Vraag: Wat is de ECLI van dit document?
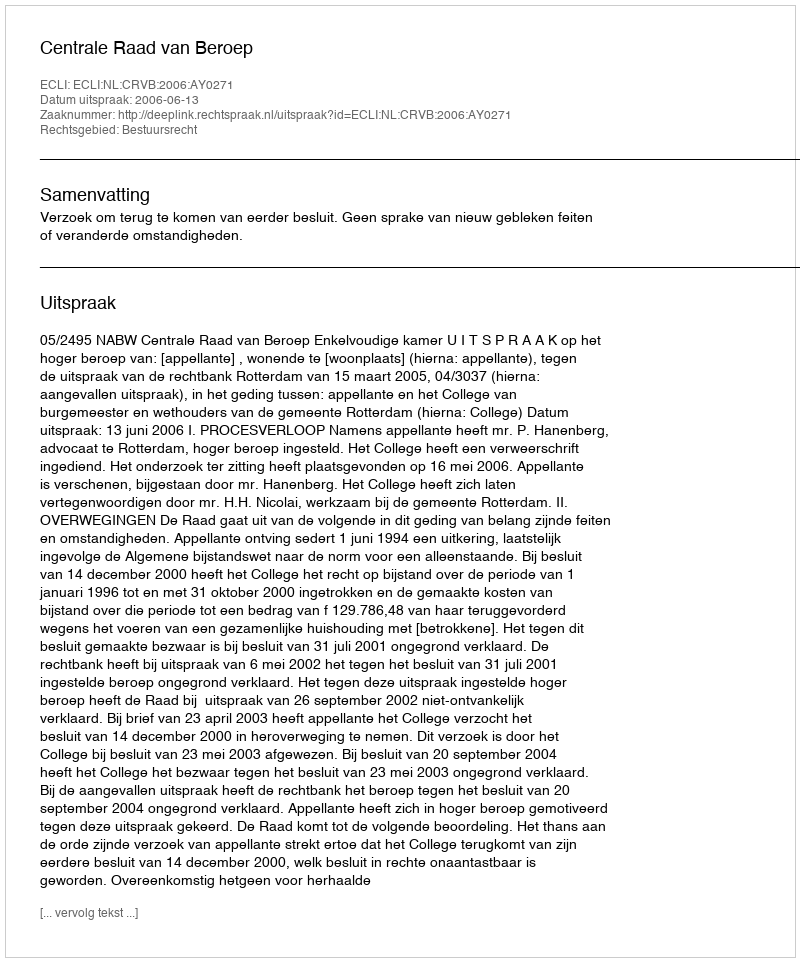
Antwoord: ECLI:NL:CRVB:2006:AY0271